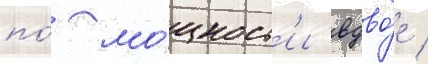
по́ мо́щност'и вдво́е /